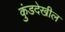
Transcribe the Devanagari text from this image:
कुंडदेखील